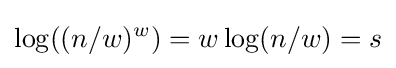
\log((n/w)^{w})=w\log(n/w)=s